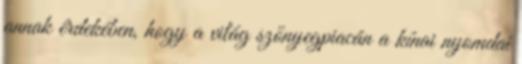
annak érdekében, hogy a világ szőnyegpiacán a kínai nyomdai